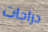
دراجات